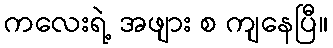
ကလေးရဲ့ အဖျား စ ကျနေပြီ။